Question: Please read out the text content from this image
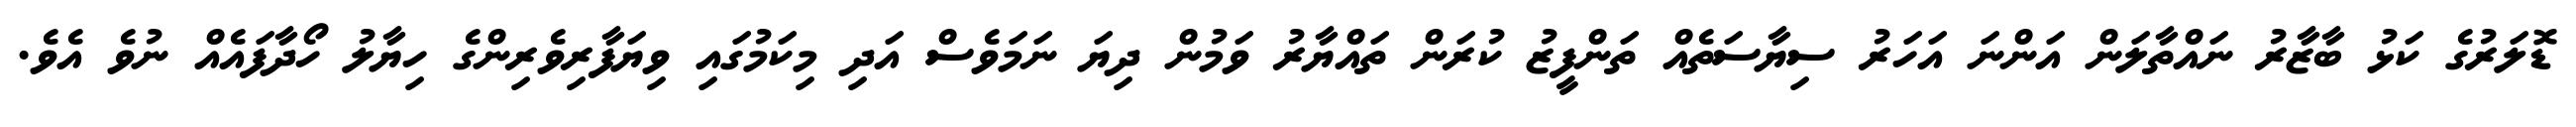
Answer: ޑޮލަރުގެ ކަޅު ބާޒާރު ނައްތާލަން އަންނަ އަހަރު ސިޔާސަތެއް ތަންފީޒު ކުރަން ތައްޔާރު ވަމުން ދިޔަ ނަމަވެސް އަދި މިކަމުގައި ވިޔަފާރިވެރިންގެ ހިޔާލު ހޯދާފައެއް ނުވެ އެވެ.